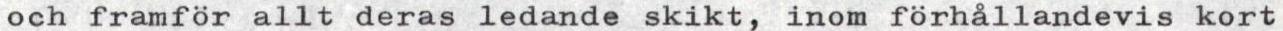
och framför allt deras ledande skikt, inom förhållandevis kort